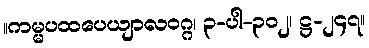
။ကမ္မပထပေယျာလဝဂ္ဂ၊ ၃-ပါ-၃၀၂၊ ဋ္ဌ-၂၄၇။